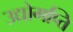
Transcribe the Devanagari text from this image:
उद्योगप्ति